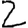
Digit: 2